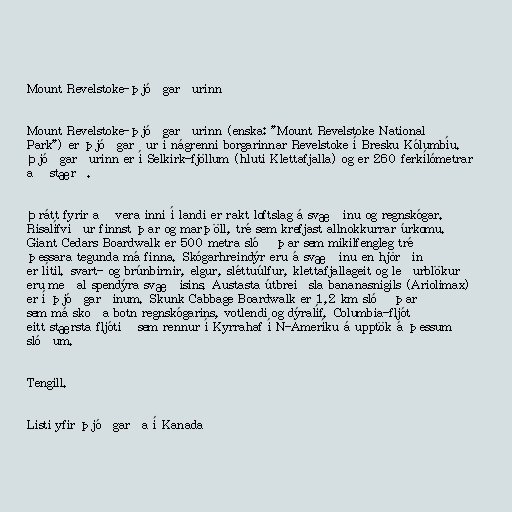
Mount Revelstoke-þjóðgarðurinn

Mount Revelstoke-þjóðgarðurinn (enska: "Mount Revelstoke National
Park") er þjóðgarður í nágrenni borgarinnar Revelstoke í Bresku Kólumbíu.
Þjóðgarðurinn er í Selkirk-fjöllum (hluti Klettafjalla) og er 260 ferkílómetrar
að stærð.

Þrátt fyrir að vera inni í landi er rakt loftslag á svæðinu og regnskógar.
Risalífviður finnst þar og marþöll, tré sem krefjast allnokkurrar úrkomu.
Giant Cedars Boardwalk er 500 metra slóð þar sem mikilfengleg tré
þessara tegunda má finna. Skógarhreindýr eru á svæðinu en hjörðin
er lítil. svart- og brúnbirnir, elgur, sléttuúlfur, klettafjallageit og leðurblökur
eru meðal spendýra svæðisins. Austasta útbreiðsla bananasnigils (Ariolimax)
er í þjóðgarðinum. Skunk Cabbage Boardwalk er 1,2 km slóð þar
sem má skoða botn regnskógarins, votlendi og dýralíf. Columbia-fljót
eitt stærsta fljótið sem rennur í Kyrrahaf í N-Ameríku á upptök á þessum
slóðum.

Tengill.

Listi yfir þjóðgarða í Kanada